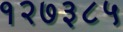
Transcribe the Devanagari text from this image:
१२७३८५